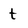
Character: t